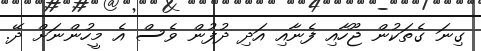
ގިނަ ގެތަކުން ޖޫހާއި ފެނާއި އަދި ދުފުން ވެސް އެ މީހުންނަށް ދޭ.